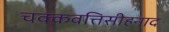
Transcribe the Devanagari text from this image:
चक्कवत्तिसीहनाद